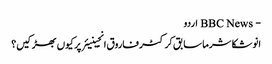
- BBC News اردو
انوشکا شرما سابق کرکٹر فاروق انجینیئر پر کیوں بھڑکیں؟